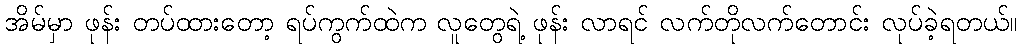
အိမ်မှာ ဖုန်း တပ်ထားတော့ ရပ်ကွက်ထဲက လူတွေရဲ့ ဖုန်း လာရင် လက်တိုလက်တောင်း လုပ်ခဲ့ရတယ်။